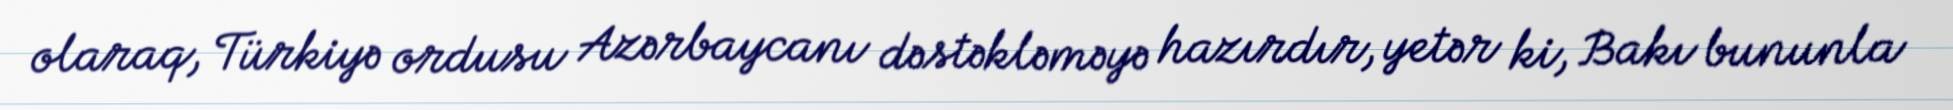
olaraq, Türkiyə ordusu Azərbaycanı dəstəkləməyə hazırdır, yetər ki, Bakı bununla